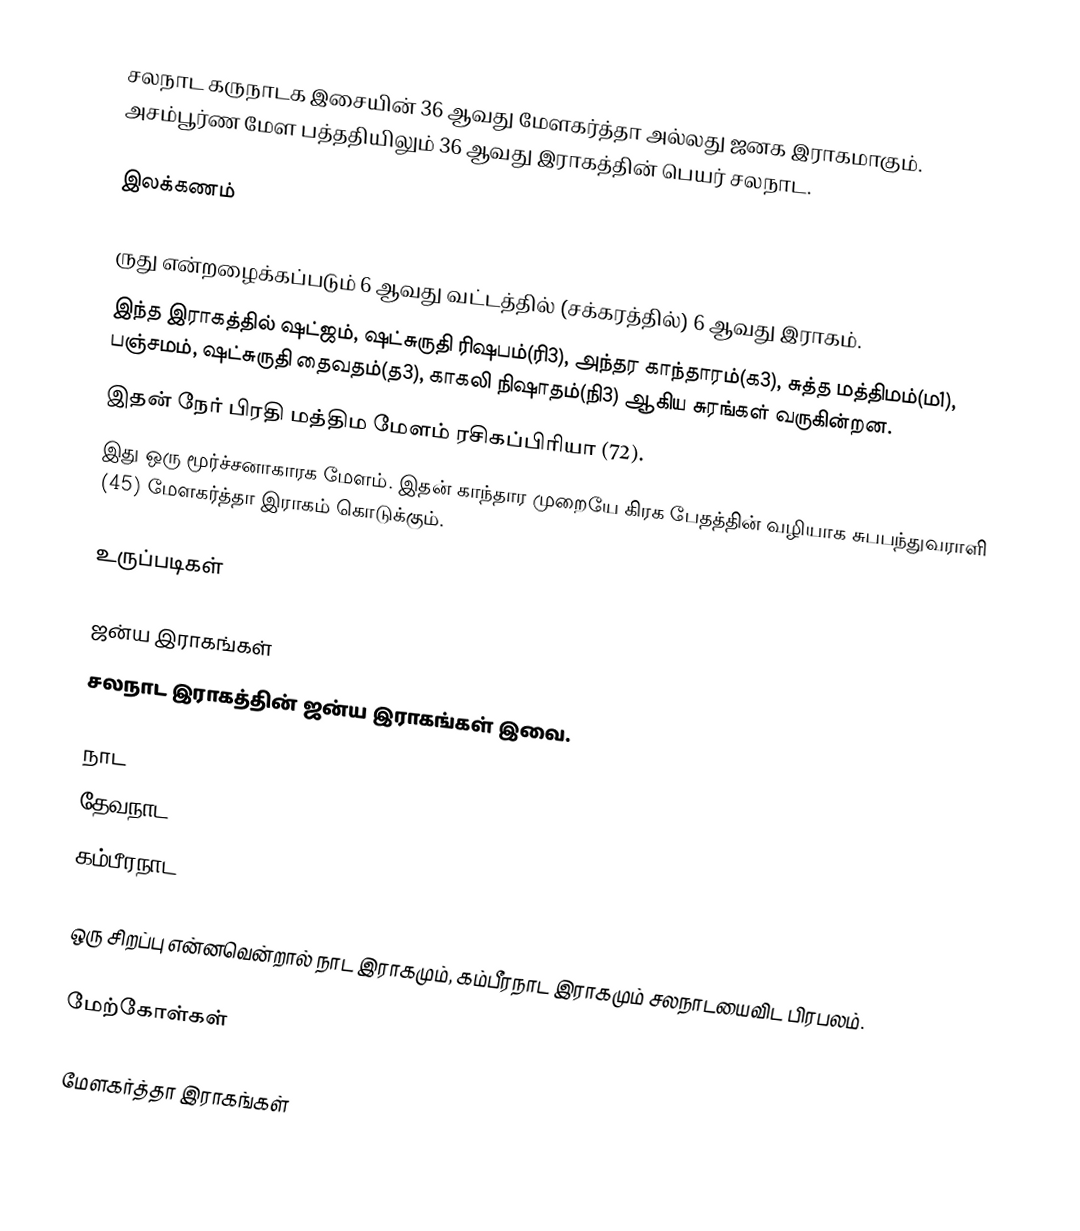
சலநாட கருநாடக இசையின் 36 ஆவது மேளகர்த்தா அல்லது ஜனக இராகமாகும். அசம்பூர்ண மேள பத்ததியிலும் 36 ஆவது இராகத்தின் பெயர் சலநாட.

இலக்கணம்

 ருது என்றழைக்கப்படும் 6 ஆவது வட்டத்தில் (சக்கரத்தில்) 6 ஆவது இராகம்.
 இந்த இராகத்தில் ஷட்ஜம், ஷட்சுருதி ரிஷபம்(ரி3), அந்தர காந்தாரம்(க3), சுத்த மத்திமம்(ம1), பஞ்சமம், ஷட்சுருதி தைவதம்(த3), காகலி நிஷாதம்(நி3) ஆகிய சுரங்கள் வருகின்றன.
 இதன் நேர் பிரதி மத்திம மேளம் ரசிகப்பிரியா (72).
 இது ஒரு மூர்ச்சனாகாரக மேளம். இதன் காந்தார முறையே கிரக பேதத்தின் வழியாக சுபபந்துவராளி (45) மேளகர்த்தா இராகம் கொடுக்கும்.

உருப்படிகள்

ஜன்ய இராகங்கள்
சலநாட இராகத்தின் ஜன்ய இராகங்கள் இவை.

 நாட
 தேவநாட
 கம்பீரநாட

ஒரு சிறப்பு என்னவென்றால் நாட இராகமும், கம்பீரநாட இராகமும் சலநாடயைவிட பிரபலம்.

மேற்கோள்கள்

மேளகர்த்தா இராகங்கள்